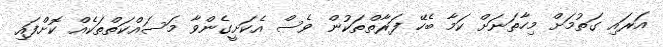
އަރައި ގަތުމަށް މިހާތަނަށް ކަމާ ބެހޭ ފަރާތްތަކުން ވެސް އެކަށީގެންވާ މަސައްކަތްތަކެއް ކޮށްފައި